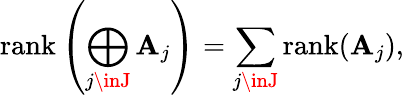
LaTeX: \operatorname{rank}\left(\bigoplus_{j\inJ}\mathbf{A}_{j}\right)=\sum_{j\inJ}\operatorname{rank}(\mathbf{A}_{j}),